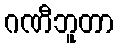
ဂဏီဘူတာ